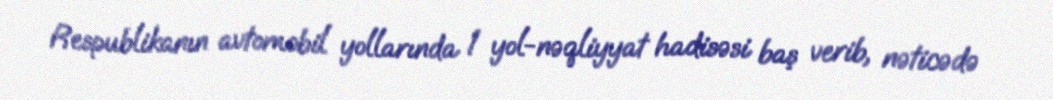
Respublikanın avtomobil yollarında 1 yol-nəqliyyat hadisəsi baş verib, nəticədə